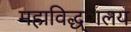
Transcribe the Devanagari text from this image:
महाविद्ध्ालय